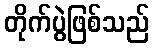
တိုက်ပွဲဖြစ်သည်